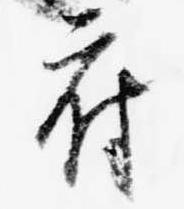
府